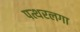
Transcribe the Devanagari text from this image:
पत्थरलगा